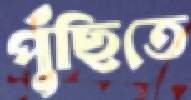
পুঁছিতে